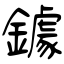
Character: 鐻